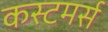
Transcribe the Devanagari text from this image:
कस्टमर्स